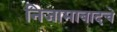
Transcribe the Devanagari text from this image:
निजामाबादचे